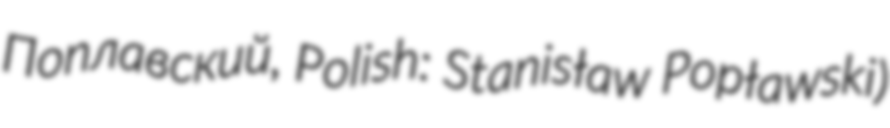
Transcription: Поплавский, Polish: Stanisław Popławski)